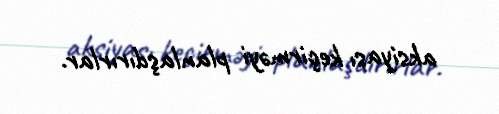
aksiyası keçirməyi planlaşdırırlar.